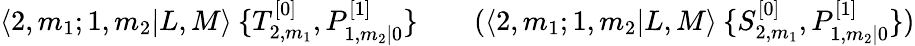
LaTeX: \langle 2,m_{1};1,m_{2}|L,M\rangle\: \{ T_{2,m_{1}}^{[0]},P_{1,m_{2}|0}^{[1]}\} \qquad(\langle 2,m_{1};1,m_{2}|L,M\rangle\: \{ S_{2,m_{1}}^{[0]},P_{1,m_{2}|0}^{[1]}\} )